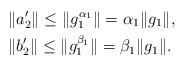
LaTeX: \begin{align*}&\|a_2'\|\le \|g_1^{\alpha_1}\|=\alpha_1\|g_1\|,\qquad\\&\|b_2'\|\le \|g_1^{\beta_1 }\|=\beta_1\|g_1\|.\end{align*}